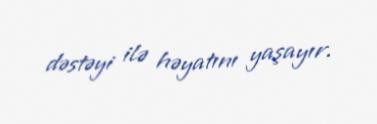
dəstəyi ilə həyatını yaşayır.